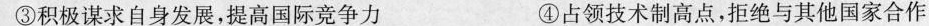
③积极谋求自身发展，提高国际竞争力 ④占领技术制高点，拒绝与其他国家合作